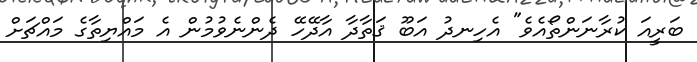
ބަރީއަ ކުރާނަންތޯއެވެ" އެހިނދު އަބޫ ޤަތާދާ އާދޭހޭ ދެންނެވުމުން އެ މައްޔިތާގެ މައްޗަށް